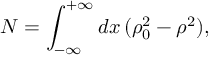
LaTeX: N = \int _ { - \infty } ^ { + \infty } d x \, ( \rho _ { 0 } ^ { 2 } - \rho ^ { 2 } ) ,